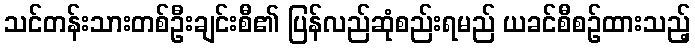
သင်တန်းသားတစ်ဦးချင်းစီ၏ ပြန်လည်ဆုံစည်းရမည် ယခင်စီစဉ်ထားသည့်